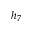
h _ { 7 }